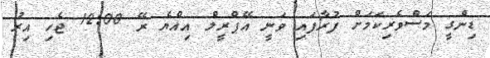
ޑިންގީ މަސްވެރިކަމަށް ފުރާފައި ވަނީ އޭޕްރީލް އިއްޔެ ރޭ 12:00 ޖެހި އިރު